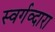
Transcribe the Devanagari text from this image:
स्वर्गव्दारा